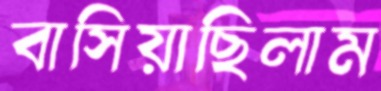
বাসিয়াছিলাম